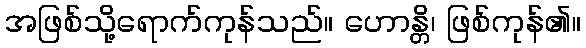
အဖြစ်သို့ရောက်ကုန်သည်။ ဟောန္တိ၊ ဖြစ်ကုန်၏။